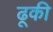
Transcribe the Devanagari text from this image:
ढूकी